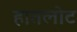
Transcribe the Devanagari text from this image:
हातलोट